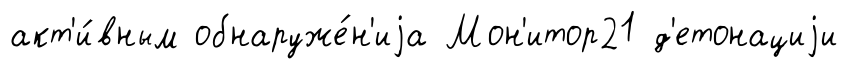
акт'и́вным обнаруже́н'иjа Мон'итор21 д'етонациjи